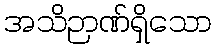
အသိဉာဏ်ရှိသော